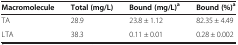
<table><thead><tr><td><b>Macromolecule</b></td><td><b>Total (mg/L)</b></td><td><b>Bound (mg/L)<sup>a</sup></b></td><td><b>Bound (%)<sup>a</sup></b></td></tr></thead><tbody><tr><td>TA</td><td>28.9</td><td>23.8 ± 1.12</td><td>82.35 ± 4.49</td></tr><tr><td>LTA</td><td>38.3</td><td>0.11 ± 0.01</td><td>0.28 ± 0.002</td></tr></tbody></table>